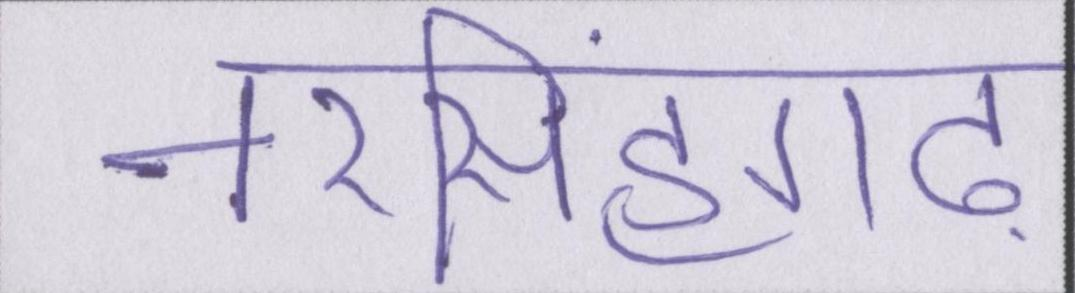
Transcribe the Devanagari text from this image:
नरसिंहगढ़